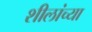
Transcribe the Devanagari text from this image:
शीलांच्या